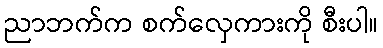
ညာဘက်က စက်လှေကားကို စီးပါ။